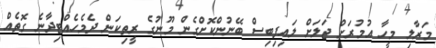
މަރާލި މީހާ އުމުރަށް ޖަލަށް ލައިފިބިސް ބޭނުންކޮށްގެން މޫނުގެ ރީތިކަން ދެމެހެއްޓިދާނެ ގޮތެއް